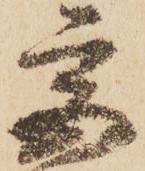
宮